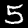
Label: 5